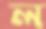
ল